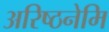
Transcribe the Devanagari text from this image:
अरिष्ठनेमि